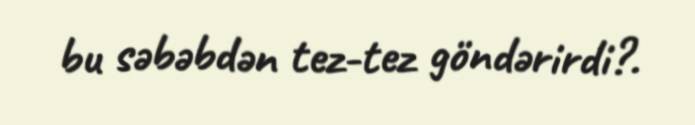
bu səbəbdən tez-tez göndərirdi?.